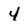
Character: 4